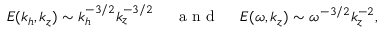
E ( k _ { h } , k _ { z } ) \sim k _ { h } ^ { - 3 / 2 } k _ { z } ^ { - 3 / 2 } ~ ~ ~ ~ \mathrm { ~ a ~ n ~ d ~ } ~ ~ ~ ~ E ( \omega , k _ { z } ) \sim \omega ^ { - 3 / 2 } k _ { z } ^ { - 2 } ,